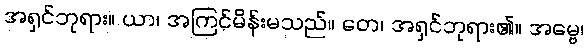
အရှင်ဘုရား။ ယာ၊ အကြင်မိန်းမသည်။ တေ၊ အရှင်ဘုရား၏။ အမ္ဗေ၊